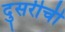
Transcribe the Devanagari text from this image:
दुसरीची